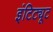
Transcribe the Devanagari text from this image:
इंटिट्यूट